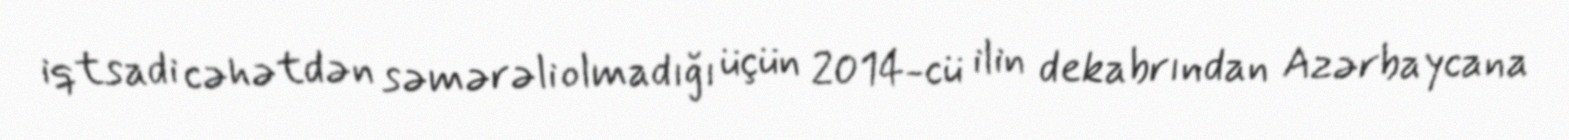
iqtsadi cəhətdən səmərəli olmadığı üçün 2014-cü ilin dekabrından Azərbaycana